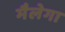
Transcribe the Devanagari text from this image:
मैलेगा